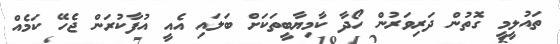
ތައުލީމީ ގޮތުން ދަރިވަރުން ހޯދާ ކާމިޔާބީތަކަށް ބަލައި އެއީ އުފާކުރަން ޖެހޭ ކަމެއް